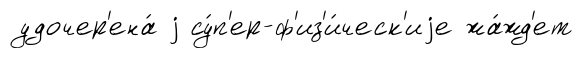
удочер'ена́ j су́п'ер-ф'из'и́ческ'иjе жа́жд'ет